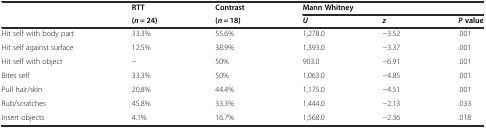
<table><thead><tr><td rowspan="2"></td><td><b>RTT</b></td><td><b>Contrast</b></td><td colspan="3"><b>Mann Whitney</b></td></tr><tr><td><b>(<i>n</i> = 24)</b></td><td><b>(<i>n</i> = 18)</b></td><td><b><i>U</i></b></td><td><b><i>z</i></b></td><td><b><i>P</i>value</b></td></tr></thead><tbody><tr><td>Hit self with body part</td><td>33.3%</td><td>55.6%</td><td>1,278.0</td><td>−3.52</td><td>.001</td></tr><tr><td>Hit self against surface</td><td>12.5%</td><td>38.9%</td><td>1,393.0</td><td>−3.37</td><td>.001</td></tr><tr><td>Hit self with object</td><td>−</td><td>50%</td><td>903.0</td><td>−6.91</td><td>.001</td></tr><tr><td>Bites self</td><td>33.3%</td><td>50%</td><td>1,063.0</td><td>−4.85</td><td>.001</td></tr><tr><td>Pull hair/skin</td><td>20.8%</td><td>44.4%</td><td>1,175.0</td><td>−4.51</td><td>.001</td></tr><tr><td>Rub/scratches</td><td>45.8%</td><td>33.3%</td><td>1,444.0</td><td>−2.13</td><td>.033</td></tr><tr><td>Insert objects</td><td>4.1%</td><td>16.7%</td><td>1,568.0</td><td>−2.36</td><td>.018</td></tr></tbody></table>